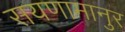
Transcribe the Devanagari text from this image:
सयणामानुर